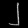
Digit: ၂